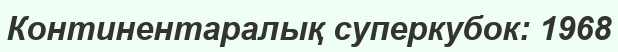
Континентаралық суперкубок: 1968